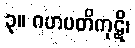
၃။ ဂဟပတိကုဋိ၊